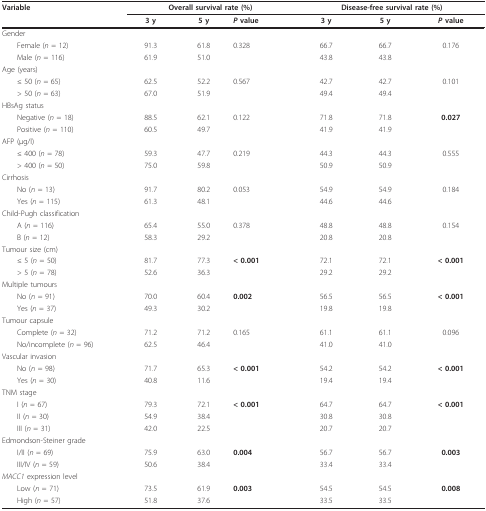
<table><thead><tr><td><b>Variable</b></td><td colspan="3"><b>Overall survival rate (%)</b></td><td colspan="3"><b>Disease-free survival rate (%)</b></td></tr><tr><td></td><td><b>3 y</b></td><td><b>5 y</b></td><td><b><i>P </i>value</b></td><td><b>3 y</b></td><td><b>5 y</b></td><td><b><i>P </i>value</b></td></tr></thead><tbody><tr><td>Gender</td><td></td><td></td><td></td><td></td><td></td><td></td></tr><tr><td> Female (<i>n </i>= 12)</td><td>91.3</td><td>61.8</td><td>0.328</td><td>66.7</td><td>66.7</td><td>0.176</td></tr><tr><td> Male (<i>n </i>= 116)</td><td>61.9</td><td>51.0</td><td></td><td>43.8</td><td>43.8</td><td></td></tr><tr><td>Age (years)</td><td></td><td></td><td></td><td></td><td></td><td></td></tr><tr><td> ≤ 50 (<i>n </i>= 65)</td><td>62.5</td><td>52.2</td><td>0.567</td><td>42.7</td><td>42.7</td><td>0.101</td></tr><tr><td> &gt; 50 (<i>n </i>= 63)</td><td>67.0</td><td>51.9</td><td></td><td>49.4</td><td>49.4</td><td></td></tr><tr><td>HBsAg status</td><td></td><td></td><td></td><td></td><td></td><td></td></tr><tr><td> Negative (<i>n </i>= 18)</td><td>88.5</td><td>62.1</td><td>0.122</td><td>71.8</td><td>71.8</td><td><b>0.027</b></td></tr><tr><td> Positive (<i>n </i>= 110)</td><td>60.5</td><td>49.7</td><td></td><td>41.9</td><td>41.9</td><td></td></tr><tr><td>AFP (μg/l)</td><td></td><td></td><td></td><td></td><td></td><td></td></tr><tr><td> ≤ 400 (<i>n </i>= 78)</td><td>59.3</td><td>47.7</td><td>0.219</td><td>44.3</td><td>44.3</td><td>0.555</td></tr><tr><td> &gt; 400 (<i>n </i>= 50)</td><td>75.0</td><td>59.8</td><td></td><td>50.9</td><td>50.9</td><td></td></tr><tr><td>Cirrhosis</td><td></td><td></td><td></td><td></td><td></td><td></td></tr><tr><td> No (<i>n </i>= 13)</td><td>91.7</td><td>80.2</td><td>0.053</td><td>54.9</td><td>54.9</td><td>0.184</td></tr><tr><td> Yes (<i>n </i>= 115)</td><td>61.3</td><td>48.1</td><td></td><td>44.6</td><td>44.6</td><td></td></tr><tr><td colspan="2">Child-Pugh classification</td><td></td><td></td><td></td><td></td><td></td></tr><tr><td> A (<i>n </i>= 116)</td><td>65.4</td><td>55.0</td><td>0.378</td><td>48.8</td><td>48.8</td><td>0.154</td></tr><tr><td> B (<i>n </i>= 12)</td><td>58.3</td><td>29.2</td><td></td><td>20.8</td><td>20.8</td><td></td></tr><tr><td>Tumour size (cm)</td><td></td><td></td><td></td><td></td><td></td><td></td></tr><tr><td> ≤ 5 (<i>n </i>= 50)</td><td>81.7</td><td>77.3</td><td><b>&lt; 0.001</b></td><td>72.1</td><td>72.1</td><td><b>&lt; 0.001</b></td></tr><tr><td> &gt; 5 (<i>n </i>= 78)</td><td>52.6</td><td>36.3</td><td></td><td>29.2</td><td>29.2</td><td></td></tr><tr><td>Multiple tumours</td><td></td><td></td><td></td><td></td><td></td><td></td></tr><tr><td> No (<i>n </i>= 91)</td><td>70.0</td><td>60.4</td><td><b>0.002</b></td><td>56.5</td><td>56.5</td><td><b>&lt; 0.001</b></td></tr><tr><td> Yes (<i>n </i>= 37)</td><td>49.3</td><td>30.2</td><td></td><td>19.8</td><td>19.8</td><td></td></tr><tr><td>Tumour capsule</td><td></td><td></td><td></td><td></td><td></td><td></td></tr><tr><td> Complete (<i>n </i>= 32)</td><td>71.2</td><td>71.2</td><td>0.165</td><td>61.1</td><td>61.1</td><td>0.096</td></tr><tr><td> No/incomplete (<i>n </i>= 96)</td><td>62.5</td><td>46.4</td><td></td><td>41.0</td><td>41.0</td><td></td></tr><tr><td>Vascular invasion</td><td></td><td></td><td></td><td></td><td></td><td></td></tr><tr><td> No (<i>n </i>= 98)</td><td>71.7</td><td>65.3</td><td><b>&lt; 0.001</b></td><td>54.2</td><td>54.2</td><td><b>&lt; 0.001</b></td></tr><tr><td> Yes (<i>n </i>= 30)</td><td>40.8</td><td>11.6</td><td></td><td>19.4</td><td>19.4</td><td></td></tr><tr><td>TNM stage</td><td></td><td></td><td></td><td></td><td></td><td></td></tr><tr><td> I (<i>n </i>= 67)</td><td>79.3</td><td>72.1</td><td><b>&lt; 0.001</b></td><td>64.7</td><td>64.7</td><td><b>&lt; 0.001</b></td></tr><tr><td> II (<i>n </i>= 30)</td><td>54.9</td><td>38.4</td><td></td><td>30.8</td><td>30.8</td><td></td></tr><tr><td> III (<i>n </i>= 31)</td><td>42.0</td><td>22.5</td><td></td><td>20.7</td><td>20.7</td><td></td></tr><tr><td colspan="2">Edmondson-Steiner grade</td><td></td><td></td><td></td><td></td><td></td></tr><tr><td> I/II (<i>n </i>= 69)</td><td>75.9</td><td>63.0</td><td><b>0.004</b></td><td>56.7</td><td>56.7</td><td><b>0.003</b></td></tr><tr><td> III/IV (<i>n </i>= 59)</td><td>50.6</td><td>38.4</td><td></td><td>33.4</td><td>33.4</td><td></td></tr><tr><td colspan="2"><i>MACC1 </i>expression level</td><td></td><td></td><td></td><td></td><td></td></tr><tr><td> Low (<i>n </i>= 71)</td><td>73.5</td><td>61.9</td><td><b>0.003</b></td><td>54.5</td><td>54.5</td><td><b>0.008</b></td></tr><tr><td> High (<i>n </i>= 57)</td><td>51.8</td><td>37.6</td><td></td><td>33.5</td><td>33.5</td><td></td></tr></tbody></table>